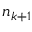
n _ { k + 1 }